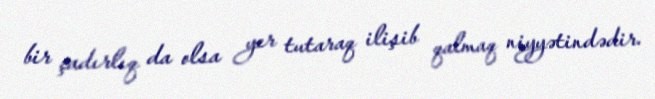
bir çadırlıq da olsa yer tutaraq ilişib qalmaq niyyətindədir.